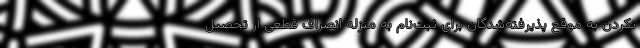
نکردن به موقع پذیرفته‌شدگان برای ثبت‌نام به منزله انصراف قطعی از تحصیل